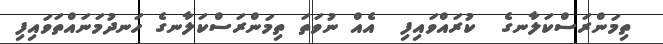
ތިމަންރަސްކަލާނގެ  ކުރައްވައިފި  އެއް ނުވަތަ ތިމަންރަސްކަލާނގެ ހަނދުމަނައްތަވައިފި